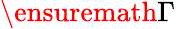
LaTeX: \ensuremath{\Gamma}